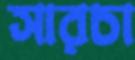
সারচা